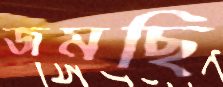
জমছি